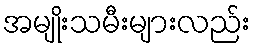
အမျိုးသမီးများလည်း